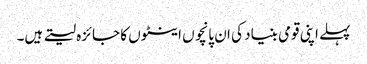
پہلے اپنی قومی بنیاد کی ان پانچوں اینٹوں کا جائزہ لیتے ہیں۔